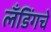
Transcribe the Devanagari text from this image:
लँडिंगचे